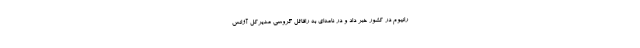
رانیوم در کشور خبر داد و در نامه‌ای به رافائل گروسی مدیرکل آژانس